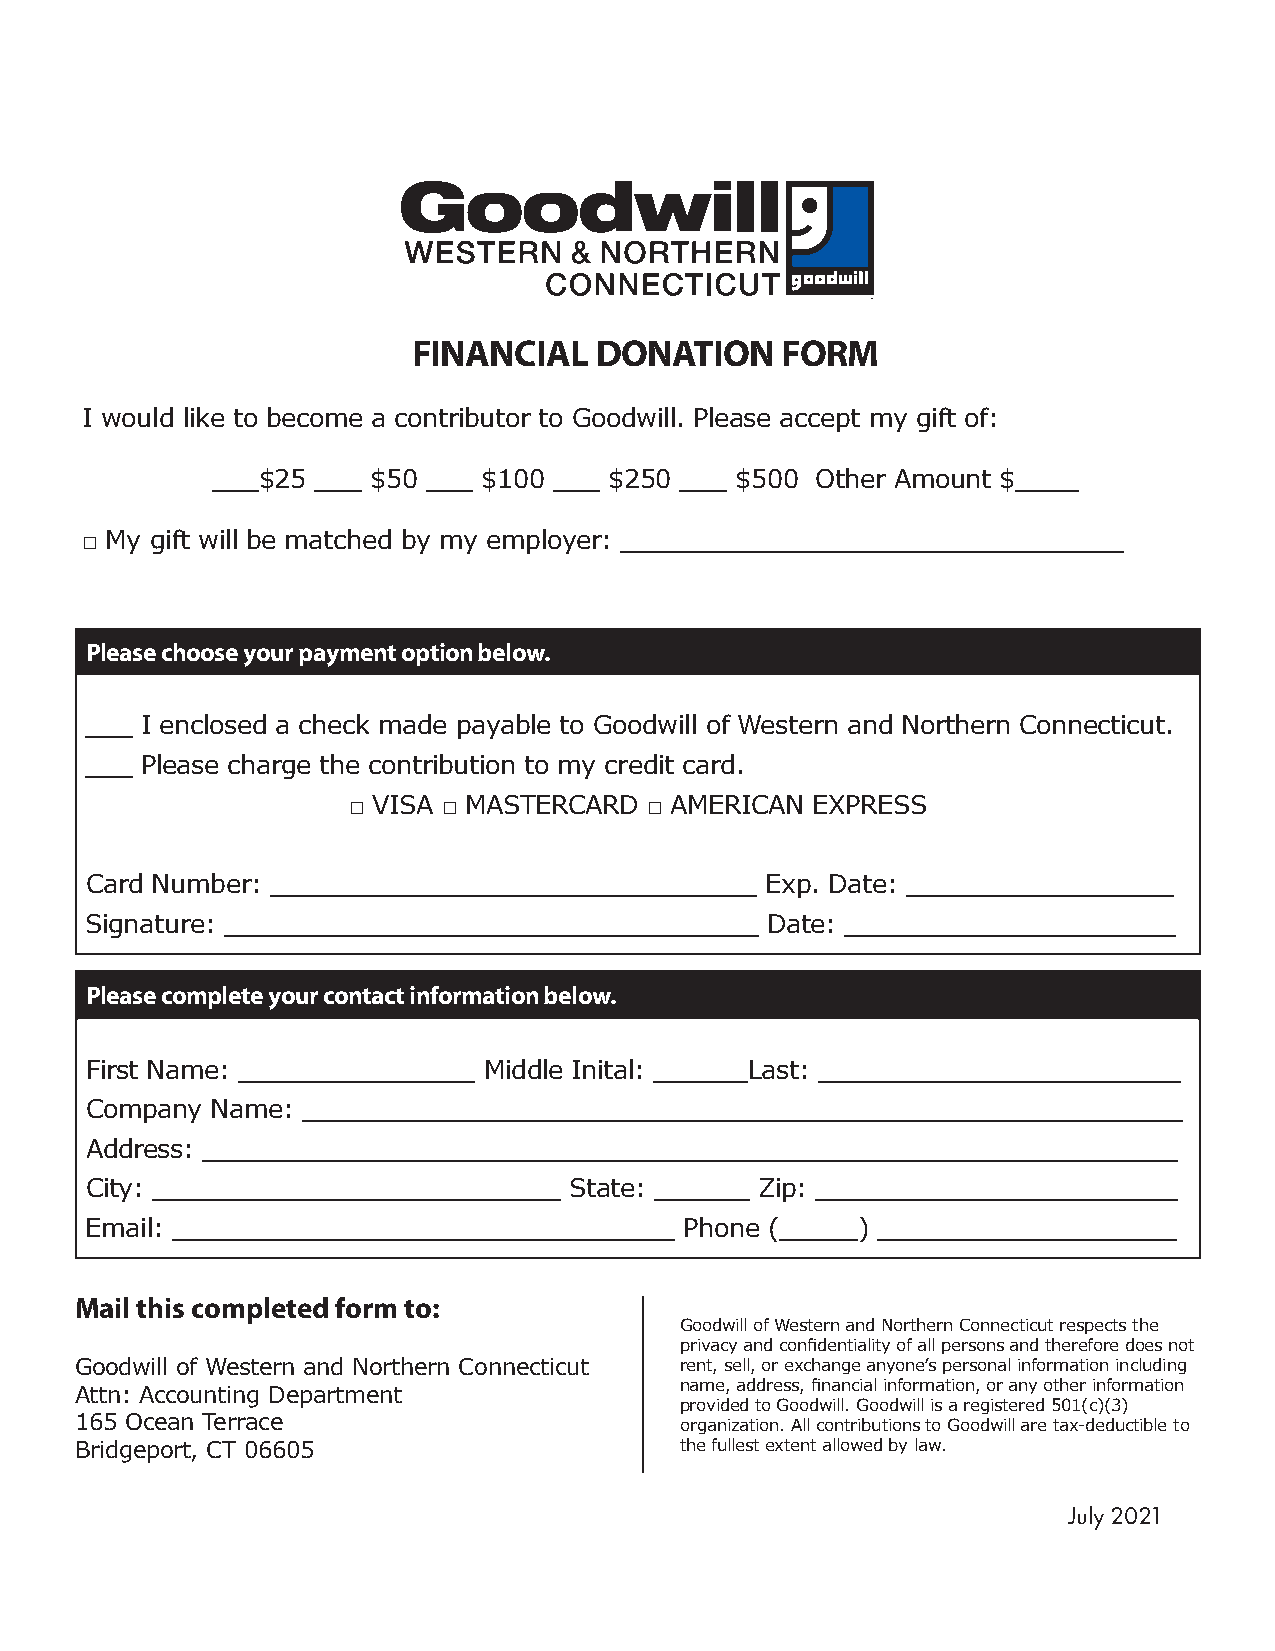
FINANCIAL   DONATION     FORM
 I would like to become a contributor to Goodwill. Please accept my gift of:
 ___$25 ___ $50 ___ $100 ___ $250 ___ $500 Other Amount $____
 □ My gift will be matched by my employer: ________________________________
 Please choose your payment option below.
 ___ I enclosed a check made payable to Goodwill of Western and Northern Connecticut.
 ___ Please charge the contribution to my credit card.
 □ VISA □ MASTERCARD □ AMERICAN EXPRESS
 Card Number: _______________________________ Exp. Date: _________________
 Signature: __________________________________ Date: _____________________
 Please complete your contact information below.
 First Name: _______________ Middle Inital: ______Last: _______________________
 Company Name: ________________________________________________________
 Address: ______________________________________________________________
 City: __________________________ State: ______ Zip: _______________________
 Email: ________________________________ Phone (_____) ___________________
 Mail this completed form to:
 Goodwill of Western and Northern Connecticut respects the
 privacy and confidentiality of all persons and therefore does not
 Goodwill of Western and Northern Connecticut rent, sell, or exchange anyone’s personal information including
 name, address, financial information, or any other information
 Attn: Accounting Department
 provided to Goodwill. Goodwill is a registered 501(c)(3)
 165 Ocean Terrace                       organization. All contributions to Goodwill are tax-deductible to
 Bridgeport, CT 06605                    the fullest extent allowed by law.
 July 2021